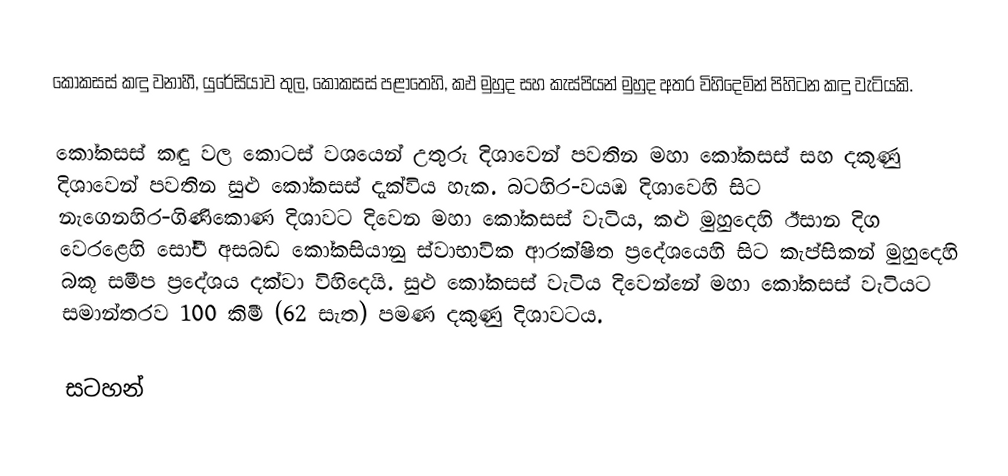
කෝකසස් කඳු වනාහී, යුරේසියාව තුල,  කෝකසස් පළාතෙහි, කඵ මුහුද සහ කැස්පියන් මුහුද අතර විහිදෙමින් පිහිටන කඳු වැටියකි.

කෝකසස් කඳු වල කොටස් වශයෙන්  උතුරු දිශාවෙන් පවතින  මහා කෝකසස් සහ දකුණු දිශාවෙන් පවතින සුළු කෝකසස් දැක්විය හැක. බටහිර-වයඹ දිශාවෙහි සිට නැගෙනහිර-ගිණිකොණ දිශාවට දිවෙන මහා කෝකසස් වැටිය,  කළු මුහුදෙහි ඊසාන දිග වෙරළෙහි සෝචී අසබඩ කෝකසියානු ස්වාභාවික ආරක්ෂිත ප‍්‍රදේශයෙහි සිට කැප්සිකන් මුහුදෙහි  බකූ සමීප ප්‍රදේශය දක්වා විහිදෙයි. සුළු කෝකසස් වැටිය දිවෙන්නේ මහා කෝකසස් වැටියට සමාන්තරව 100 කිමී (62 සැත) පමණ දකුණු දිශාවටය.

සටහන්